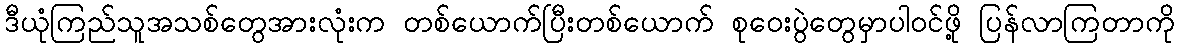
ဒီယုံကြည်သူအသစ်တွေအားလုံးက တစ်ယောက်ပြီးတစ်ယောက် စုဝေးပွဲတွေမှာပါဝင်ဖို့ ပြန်လာကြတာကို